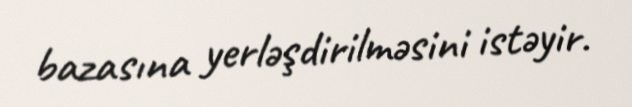
bazasına yerləşdirilməsini istəyir.